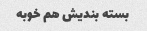
بسته بندیش هم خوبه